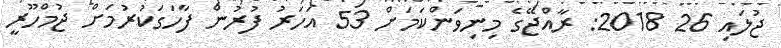
ޖުލައި 26 2018: ރާއްޖޭގެ މިނިވަންކަމަށް 53 އަހަރު ފުރުން ފާހަގަކުރުމަށް ޖުމްހޫރީ